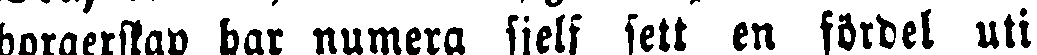
borgerskap har numera sjelf sett en fördel uti